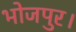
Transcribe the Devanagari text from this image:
भोजपुर।